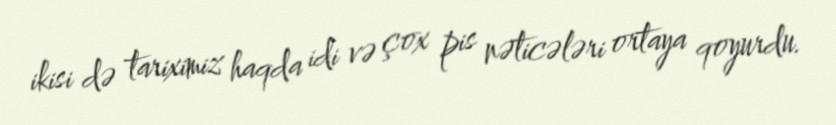
ikisi də tariximiz haqda idi və çox pis nəticələri ortaya qoyurdu.